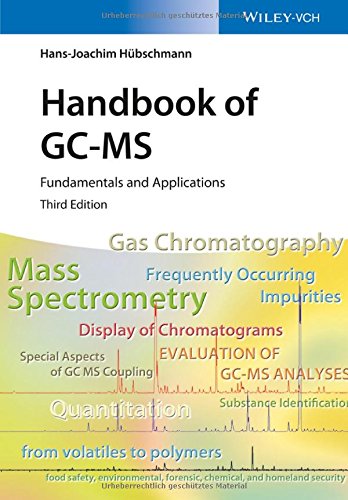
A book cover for Handbook of GC-MS: Fundamentals and Applications; Hans-Joachim HÃ¼bschmann; Science & Math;